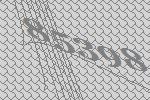
85398